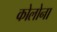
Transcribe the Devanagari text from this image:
कोलोना